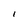
Character: I